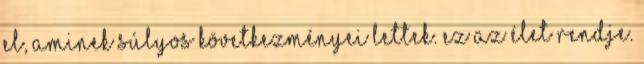
el, aminek súlyos következményei lettek. Ez az élet rendje.